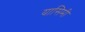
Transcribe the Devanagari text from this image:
यासिमी